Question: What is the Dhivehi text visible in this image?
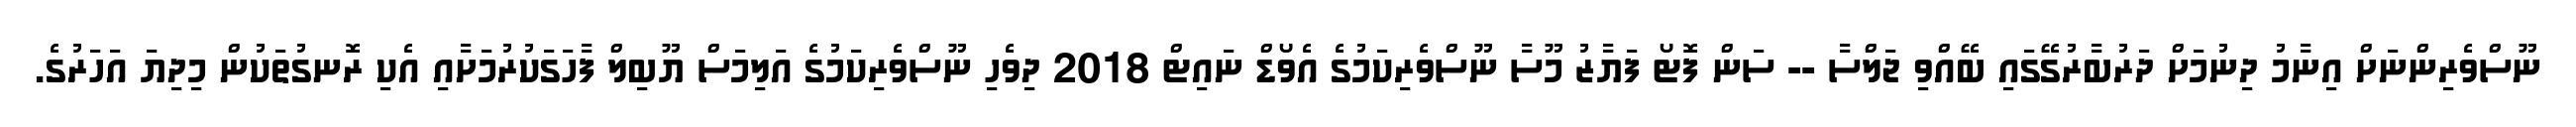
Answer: ނޫސްވެރިންނަށް އިނާމު ދިނުމަށް ދަރުބާރުގޭގައި ބޭއްވި ޖަލްސާ -- ސަން ފޮޓޯ ފަޔާޒު މޫސާ ނޫސްވެރިކަމުގެ އެވޯޑް ނައިޓް 2018 ދިވެހި ނޫސްވެރިކަމުގެ އަލިމަސް ޔޫބިލް ފާހަގަކުރުމަށާއި އެކި ރޮނގުތަކުން މިދިޔަ އަހަރުގެ.